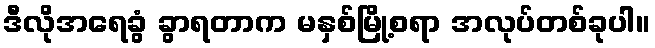
ဒီလိုအရေခွံ ခွာရတာက မနှစ်မြို့စရာ အလုပ်တစ်ခုပါ။